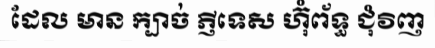
ដែល មាន ក្បាច់ ភ្ញីទេស ហ៊ុំព័ទ្ធ ជុំវិញ